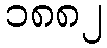
၁၈၈၂